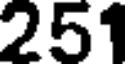
251